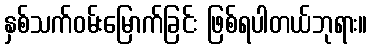
နှစ်သက်ဝမ်းမြောက်ခြင်း ဖြစ်ရပါတယ်ဘုရား။